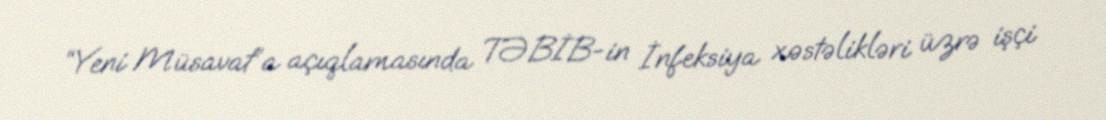
“Yeni Müsavat”a açıqlamasında TƏBİB-in İnfeksiya xəstəlikləri üzrə işçi